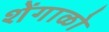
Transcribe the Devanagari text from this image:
शेंगाळो